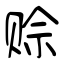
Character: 赊